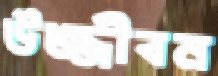
উজ্জীবন